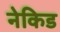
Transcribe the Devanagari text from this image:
नेकिड